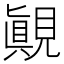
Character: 𰴓